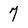
Character: 7